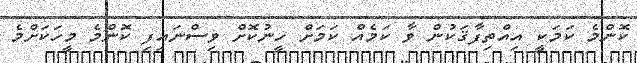
ކޮންމެ ކަމަކީ އިއްތިފާޤަކުން ވާ ކަމެއް ކަމަށް ހީނުކޮށް ވިސްނައިފި ކޮންމެ މީހަކަށްމެ